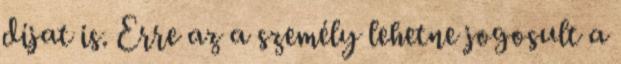
díjat is. Erre az a személy lehetne jogosult a